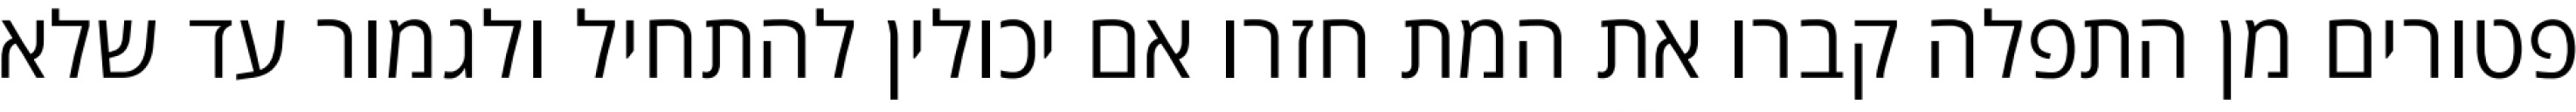
פטורים מן התפלה קברו את המת חזרו אם יכולין להתחיל ולגמור עד שלא